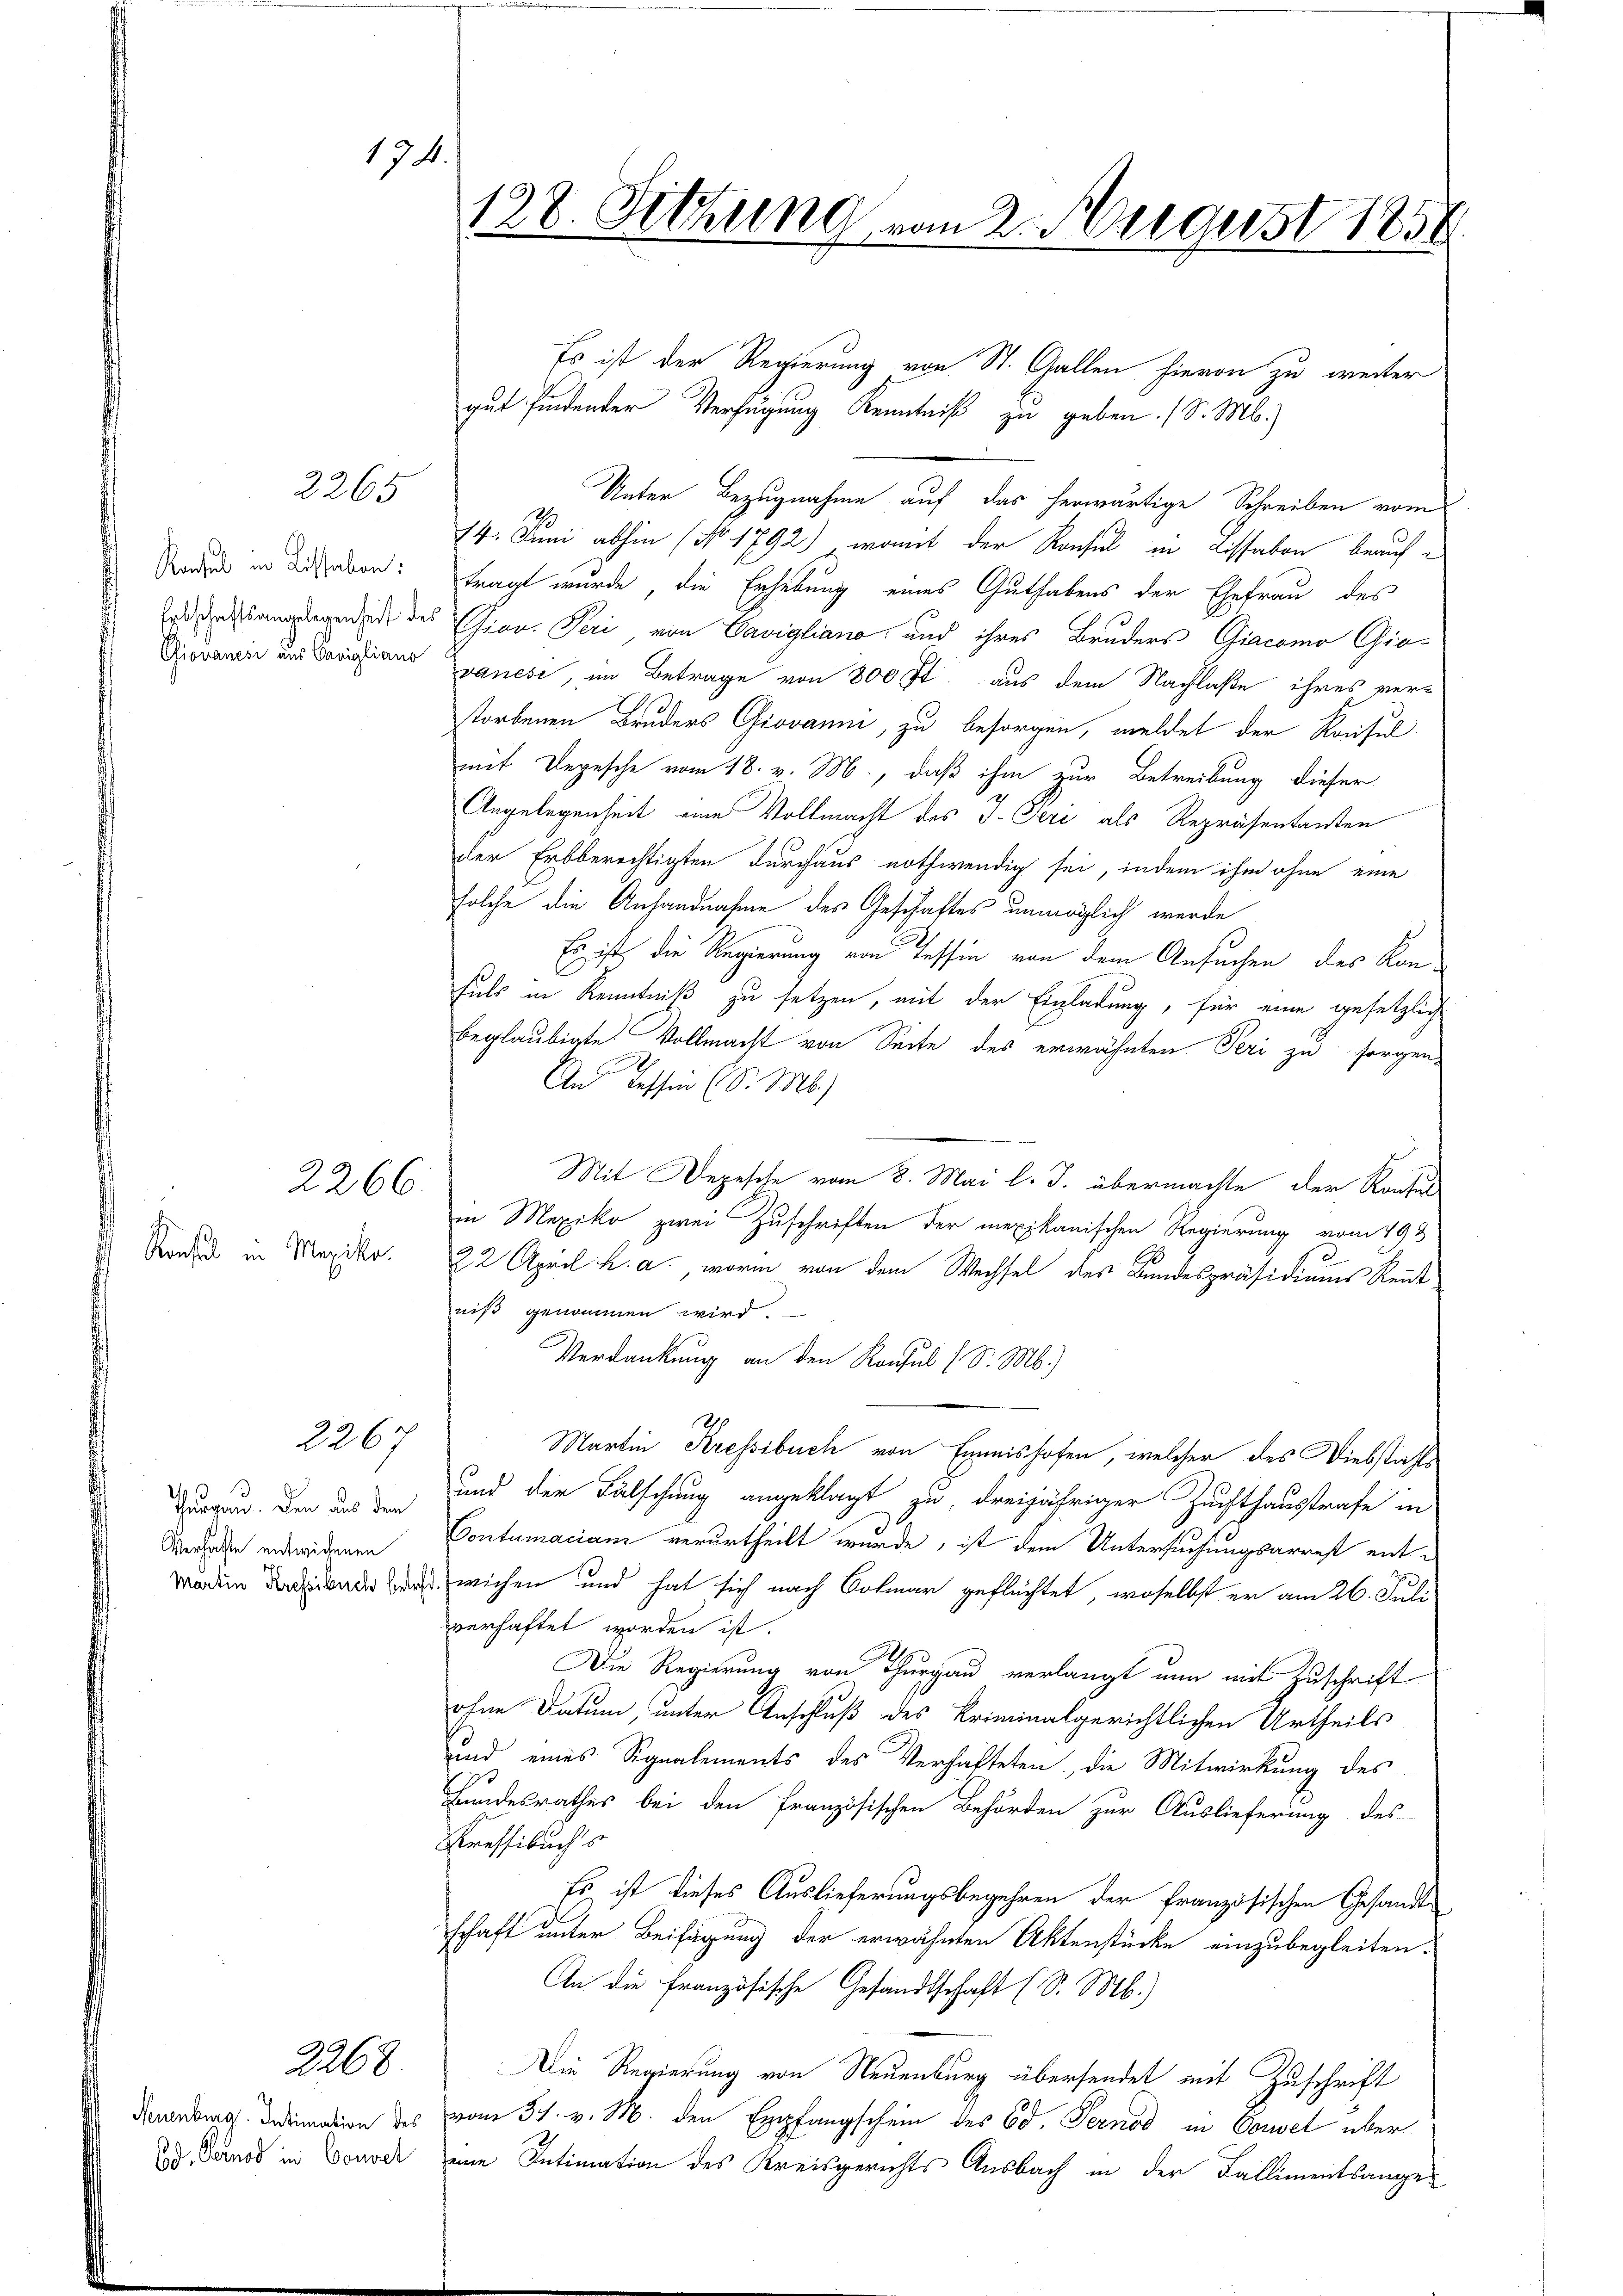
Konsul in Mexiko

2266.

2265

Rochel in Lissaben:
Erbschaftsangelegenheit des
Giovanesi aus Carigliano

Thurgau. Den aus den
Verhalte entwichenen
s
Martin Kressibuch beleh

2267

2268

174.

128. Fettung vom 2. August 1858

Es ist der Regierung von St. Gallen hievon zu weiter

gut findender Verfügung Kenntniß zu geben. (S. M.)
Unter Bezugnahme auf das herwärtige Schreiben vom
14. Juni abhin (No. 1792), womit der Konsul in Lissabon beauftragt wurde, die Erhebung eines Guthabens der Ehefrau des
Giov. Peri von Cavigliano und ihres Bruders Giacomo Gio-
vanese, im Betrage von 800 fl. aus dem Nachlaße ihres ver-
storbenen Bruders Giovanni, zu besorgen, meldet der Konsul
mit Depesche vom 18. v. M., daß ihm zur Betreibung dieser
Angelegenheit eine Vollmacht des J. Feri als Repräsentanten
der Erbberechtigten durchaus nothwendig sei, indem ihm ohne eine
solche die Anhandnahme des Geschäftes unmöglich werde
Es ist, die Regierung von Tessin von dem Ansuchen des Kon-
Fuls in Kenntniß zu setzen, mit der Einladung, für eine gesetzlich
beglaubigte Vollmacht von Seite des erwähnten Peri zu sorgen,
An Tessin (S. M.)
Mit Depesche vom 8. Mai l. J. übermachte der Konsul
in Mexiko zwei Zuschriften der mexikanischen Regierung vom 193
22 April h. a., worin von dem Wechsel des Bundespräsidiums Rentniß genommen wird.
Verdankung an den Konsul (S. M.)
Martin Kressibuch von Emmnishofen, welcher des Diebstahls
und der Fälschung angeklagt zu dreijähriger Zuchthausstrafe in
Contumaciam verurtheilt wurde, ist dem Untersuchungsarrest ent-
wichen und hat sich nach Colmar geflüchtet, woselbst er am 26. Juli
verhaftet worden ist.
Die Regierung von Thurgau verlangt nun mit Zuschrift
ohne Datum, unter Anschluß des Kriminalgerichtlichen Urtheils
und eines Signalements des Verhafteten, die Mitwirkung des
Bundesrathes bei den Französischen Behörden zur Auslieferung des
Kressibuchs
Es ist dieses Auslieferungsbegehren der französischen Gesandte
schaft unter Beifügung der erwähnten Aktenstücke einzubegleiten.
An die Französische Gesandtschaft (S. Mb.)
Die Regierung von Neuenburg übersendet mit Zuschrift
Nennung dimation des vom 31. v. M. den Empfangschein des Ed. Pernod in Couvet über
ad, Dernos in Donod, eine Intimation des Kreisgerichts Ausbach in der Fallimentsange¬